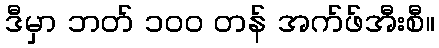
ဒီမှာ ဘတ် ၁၀၀ တန် အက်ဖ်အီးစီ။